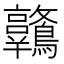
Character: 𪈋